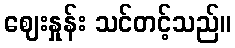
ဈေးနှုန်း သင်တင့်သည်။